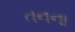
તનના